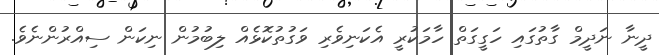
ދީނާ ނަދީމް ގާތުގައި ހަގީގަތް ހާމަކުރީ އެކަނިވެރި ވަގުތުކޮޅެއް ލިބުމުން ނިކަން ސިއްރުންނެވެ.